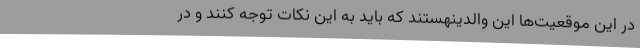
در این موقعیت‌ها این والدینهستند که باید به این نکات توجه کنند و در